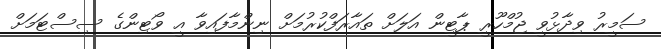
ސަމީރު ވިދާޅުވީ ޖުމްހޫރީ ޕާޓީން އަލަށް ތައާރަފްކުރުމަށް ނިންމާފައިވާ އީ ވޯޓިންގެ ސިސްޓަމަށް